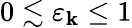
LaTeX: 0\lesssim\varepsilon_{\mathbf{k}}\leq1